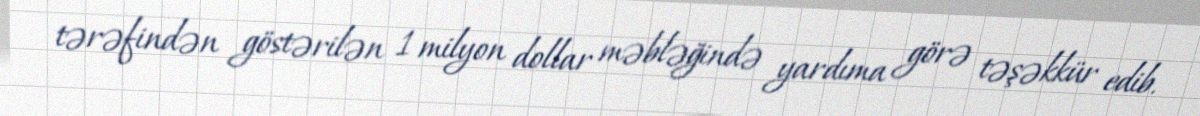
tərəfindən göstərilən 1 milyon dollar məbləğində yardıma görə təşəkkür edib.